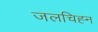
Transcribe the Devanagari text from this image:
जलचिह्न